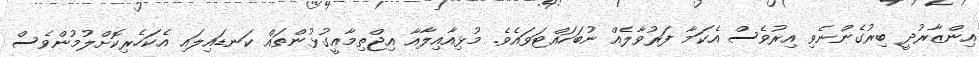
އިންޒާރުދީ ބިރުގެންނެވި އިރުވެސް އެކަމާ ފަރުވާލެއް ނުބަހައްޓަވައެވެ. މުޅިއާއިލާއާ އިޖްތިމާޢީގުޅުންތައް ކަނޑައިލައި އެކަހެރިކޮށްލުމުންވެސް